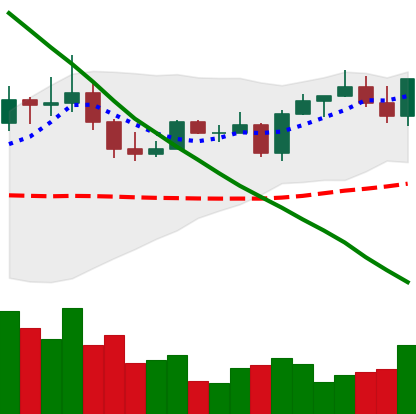
Ticker: EOS-USD
Chart end date: 2022-08-16
Forward return: 14.307%
Label: up_7plus